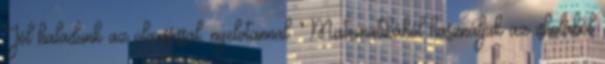
Jól haladunk az olvasással, nyelvtannal. Matematikából használjuk az iskolából